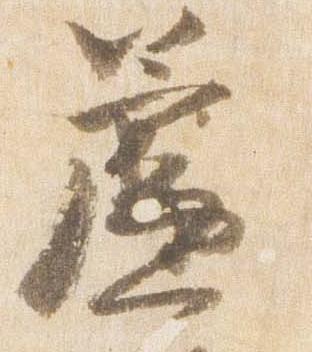
簾